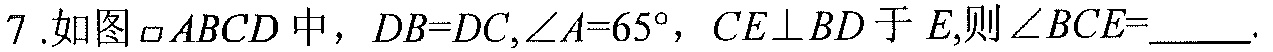
7.如图$\square ABCD$中，$DB = DC,\angle A = 65^{\circ}$，$CE\perp BD$于$E,$则$\angle BCE=$ .